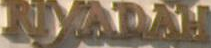
RYADAL